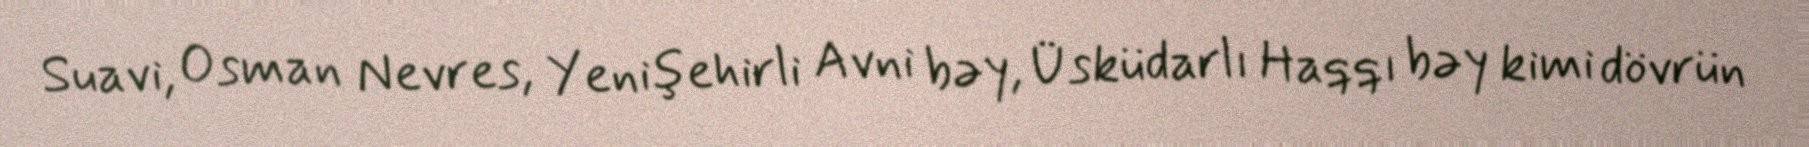
Suavi, Osman Nevres, Yenişehirli Avni bəy, Üsküdarlı Haqqı bəy kimi dövrün